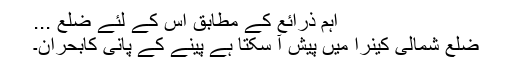
اہم ذرائع کے مطابق اس کے لئے ضلع ...
ضلع شمالی کینرا میں پیش آ سکتا ہے پینے کے پانی کابحران۔